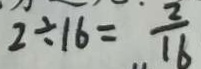
2 \div 1 6 = \frac { 2 } { 1 6 }